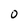
Character: 0